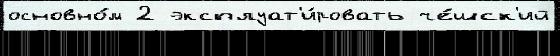
основно́м 2 эксплуат'и́ровать че́шск'ий